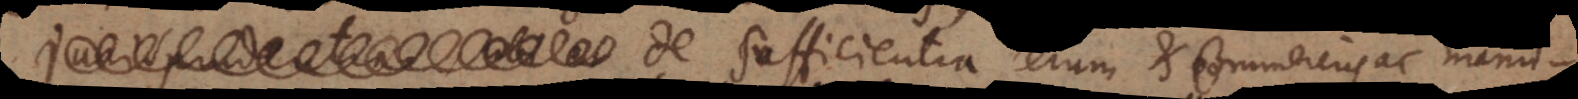
et De Sufficientia rerum et Commerciis ac manuficiis